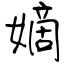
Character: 嫡